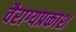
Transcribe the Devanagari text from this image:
वैराग्यप्रकाश